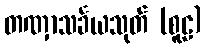
တဏှာသင်္ခယသုတ် (စူဠ)